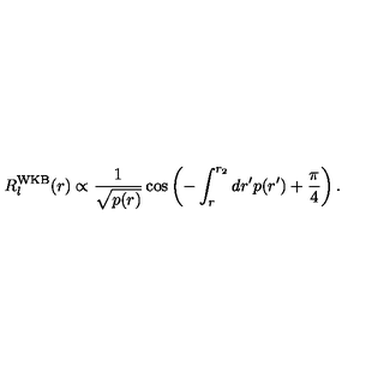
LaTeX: R _ { l } ^ { \mathrm { W K B } } ( r ) \propto \frac { 1 } { \sqrt { p ( r ) } } \cos \left( - \int _ { r } ^ { r _ { 2 } } d r ^ { \prime } p ( r ^ { \prime } ) + \frac { \pi } { 4 } \right) .